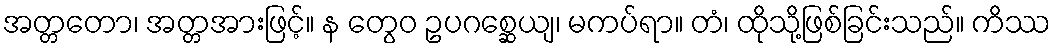
အတ္တတော၊ အတ္တအားဖြင့်။ န တွေဝ ဥပဂစ္ဆေယျ၊ မကပ်ရာ။ တံ၊ ထိုသို့ဖြစ်ခြင်းသည်။ ကိဿ